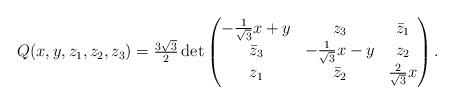
LaTeX: \begin{align*}Q(x, y, z_{1}, z_{2}, z_{3}) &=\tfrac{3\sqrt{3}}{2}\det \begin{pmatrix} -\tfrac{1}{\sqrt{3}}x + y & z_{3} & \bar{z}_{1} \\ \bar{z}_{3} & -\tfrac{1}{\sqrt{3}}x - y & z_{2} \\ z_{1} & \bar{z}_{2} & \tfrac{2}{\sqrt{3}}x\end{pmatrix}.\end{align*}